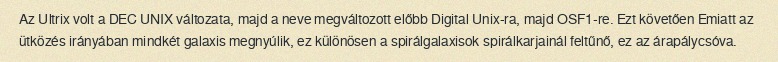
Az Ultrix volt a DEC UNIX változata, majd a neve megváltozott előbb Digital Unix-ra, majd OSF1-re. Ezt követően Emiatt az ütközés irányában mindkét galaxis megnyúlik, ez különösen a spirálgalaxisok spirálkarjainál feltűnő, ez az árapálycsóva.